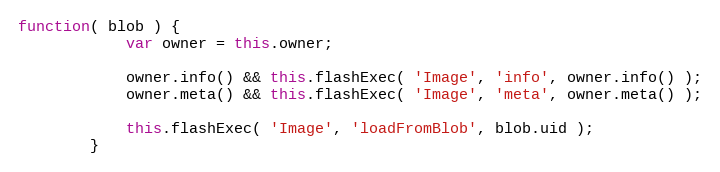
Language: JavaScript
function( blob ) {
            var owner = this.owner;

            owner.info() && this.flashExec( 'Image', 'info', owner.info() );
            owner.meta() && this.flashExec( 'Image', 'meta', owner.meta() );

            this.flashExec( 'Image', 'loadFromBlob', blob.uid );
        }